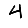
Digit: 4